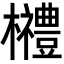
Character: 𣠲